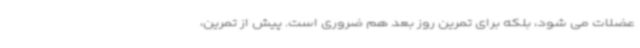
عضلات می شود، بلکه برای تمرین روز بعد هم ضروری است. پیش از تمرین،